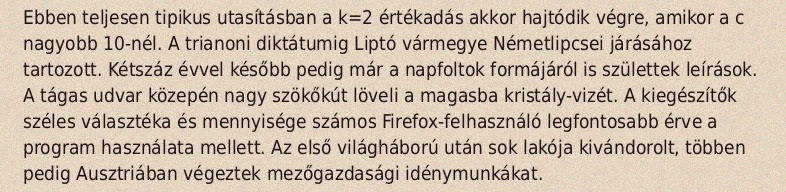
Ebben teljesen tipikus utasításban a k=2 értékadás akkor hajtódik végre, amikor a c nagyobb 10-nél. A trianoni diktátumig Liptó vármegye Németlipcsei járásához tartozott. Kétszáz évvel később pedig már a napfoltok formájáról is születtek leírások. A tágas udvar közepén nagy szökőkút löveli a magasba kristály-vizét. A kiegészítők széles választéka és mennyisége számos Firefox-felhasználó legfontosabb érve a program használata mellett. Az első világháború után sok lakója kivándorolt, többen pedig Ausztriában végeztek mezőgazdasági idénymunkákat.